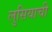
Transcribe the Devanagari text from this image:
लुसियाची